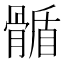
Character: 𩩻